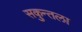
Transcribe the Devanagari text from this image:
सकुन्तला